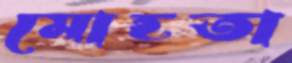
মোহতা